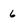
Character: 6